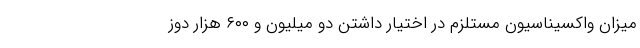
میزان واکسیناسیون مستلزم در اختیار داشتن دو میلیون و ۶۰۰ هزار دوز